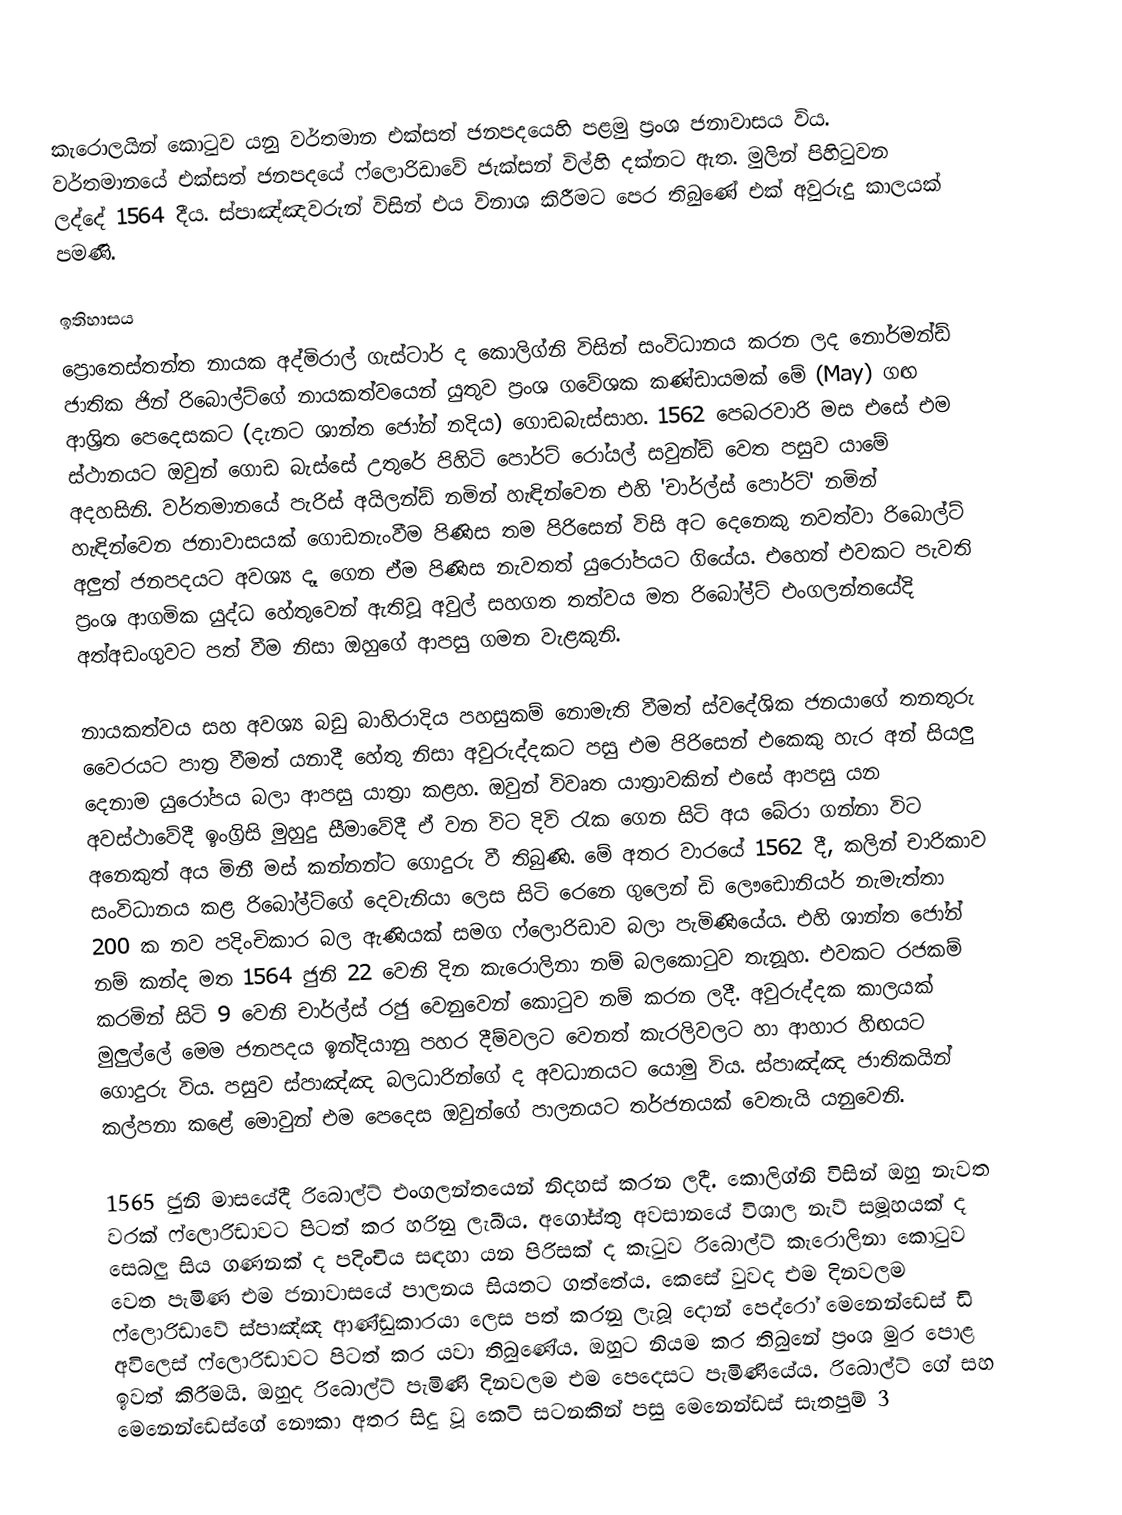
කැරොලයින් කොටුව යනු වර්තමාන එක්සත් ජනපදයෙහි පළමු  ප්‍රංශ ජනාවාසය විය. වර්තමානයේ එක්සත් ජනපදයේ ෆ්ලොරිඩාවේ ජැක්සන් විල්හි දක්නට ඇත. මුලින් පිහිටුවන ලද්දේ 1564 දීය. ස්පාඤ්ඤවරුන් විසින් එය විනාශ කිරීමට පෙර තිබුණේ එක් අවුරුදු කාලයක් පමණි.

ඉතිහාසය
ප්‍රොතෙස්තන්ත නායක අද්මිරාල් ගැස්ටාර් ද කොලිග්නි විසින් සංවිධානය කරන ලද නොර්මන්ඩ් ජාතික ජින් රිබොල්ට්ගේ නායකත්වයෙන් යුතුව ප්‍රංශ ගවේශක කණ්ඩායමක් මේ (May) ගඟ ආශ්‍රිත පෙදෙසකට (දැනට ශාන්ත ජෝන් නදිය) ගොඩබැස්සාහ. 1562 පෙබරවාරි මස එසේ එම ස්ථානයට ඔවුන් ගොඩ බැස්සේ උතුරේ පිහිටි පොර්ට් රෝයල් සවුන්ඩ් වෙත පසුව යාමේ අදහසිනි. වර්තමානයේ පැරිස් අයිලන්ඩ් නමින් හැඳින්වෙන එහි 'චාර්ල්ස් පොර්ට්' නමින් හැඳින්වෙන ජනාවාසයක් ගොඩනැංවීම පිණිස තම පිරිසෙන් විසි අට දෙනෙකු නවත්වා රිබොල්ට් අලුත් ජනපදයට අවශ්‍ය දෑ ගෙන ඒම පිණිස නැවතත් යුරෝපයට ගියේය. එහෙත් එවකට පැවති ප්‍රංශ ආගමික යුද්ධ හේතුවෙන් ඇතිවූ  අවුල් සහගත තත්වය මත රිබෝල්ට් එංගලන්තයේදි අත්අඩංගුවට පත් වීම නිසා ඔහුගේ ආපසු ගමන වැළකුනි.

නායකත්වය සහ අවශ්‍ය බඩු බාහිරාදිය පහසුකම් නොමැති වීමත් ස්වදේශික ජනයාගේ තනතුරු වෛරයට පාත්‍ර වීමත් යනාදී හේතු නිසා අවුරුද්දකට පසු එම පිරිසෙන් එකෙකු හැර අන් සියලු දෙනාම යුරෝපය බලා ආපසු යාත්‍රා කළහ. ඔවුන් විවෘත යාත්‍රාවකින් එසේ ආපසු යන අවස්ථාවේදී ඉංග්‍රිසි මුහුදු සීමාවේදී ඒ වන විට දිවි රැක ගෙන සිටි අය බේරා ගන්නා විට අනෙකුත් අය මිනී මස් කන්නන්ට ගොදුරු වී තිබුණි. මේ අතර වාරයේ 1562 දී, කලින් චාරිකාව සංවිධානය කළ රිබෝල්ට්ගේ දෙවැනියා ලෙස සිටි රෙනෙ ගුලෙන් ඩි ලෞඩොනියර් නැමැත්තා 200 ක නව පදිංචිකාර බල ඇණියක් සමග ෆ්ලොරිඩාව බලා පැමිණියේය. එහි ශාන්ත ජෝන් නම් කන්ද මත 1564 ජුනි 22 වෙනි දින කැරොලිනා නම් බලකොටුව තැනූහ. එවකට රජකම් කරමින් සිටි 9 වෙනි චාර්ල්ස් රජු වෙනුවෙන් කොටුව නම් කරන ලදී. අවුරුද්දක කාලයක් මුලුල්ලේ මෙම ජනපදය ඉන්දියානු පහර දීම්වලට වෙනත් කැරලිවලට හා ආහාර හිඟයට ගොදුරු විය. පසුව ස්පාඤ්ඤ බලධාරින්ගේ ද අවධානයට යොමු විය. ස්පාඤ්ඤ ජාතිකයින් කල්පනා කළේ මොවුන් එම පෙදෙ‍ස ඔවුන්ගේ පාලනයට තර්ජනයක් වෙතැයි යනුවෙනි.

1565 ජුනි මාසයේදී රිබොල්ට් එංගලන්තයෙන් නිදහස් කරන ලදී. කොලිග්නි විසින් ඔහු නැවත වරක් ෆ්ලොරිඩාවට පිටත් කර හරිනු ලැබීය. අගෝස්තු අවසානයේ විශාල නැව් සමූහයක් ද සෙබලු සිය ගණනක් ද පදිංචිය සඳහා යන පිරිසක් ද කැටුව රිබොල්ට් කැරොලිනා කොටුව වෙත පැමිණ එම ජනාවාසයේ පාලනය සියතට ගත්තේය. කෙසේ වුවද එම දිනවලම ෆ්ලොරිඩාවේ ස්පාඤ්ඤ ආණ්ඩුකාරයා ලෙස පත් කරනු ලැබූ දොන් පෙද්රෝ මෙනෙන්ඩෙස් ඩි අවිලෙස් ෆ්ලොරිඩාවට පිටත් කර යවා තිබුණේය. ඔහුට නියම කර තිබුනේ ප්‍රංශ මුර පොළ ඉවත් කිරීමයි. ඔහුද රිබොල්ට් පැමිණි දිනවලම එම පෙදෙසට පැමිණියේය. රිබොල්ට් ගේ සහ මෙනෙන්ඩෙස්ගේ නෞකා අතර සිදු වූ කෙටි සටනකින් පසු මෙනෙන්ඩස් සැතපුම් 3